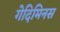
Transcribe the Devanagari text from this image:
गेदिमिनस